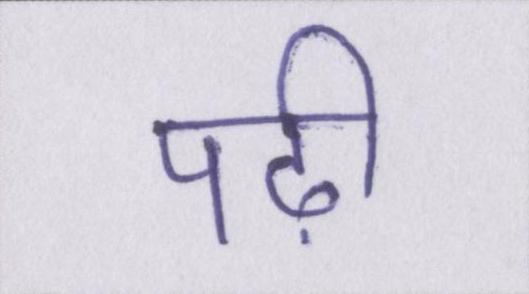
पढ़ी